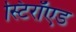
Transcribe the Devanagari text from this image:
स्टिरॉएड